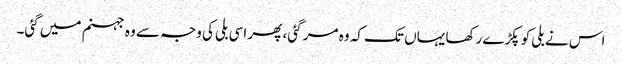
اس نے بلی کو پکڑے رکھا یہاں تک کہ وہ مر گئی، پھر اسی بلی کی وجہ سے وہ جہنم میں گئی۔